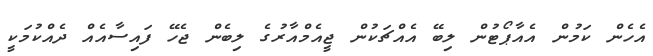
އެހެން ކަމުން އެއާޕޯޓުން ލިބޭ އެއްޗަކުން ޖީއެމްއާރުގެ ލިބެން ޖެހޭ ފައިސާއެއް ދެއްކުމަކީ